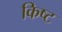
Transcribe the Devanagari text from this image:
किष्ट